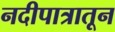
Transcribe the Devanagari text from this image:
नदीपात्रातून